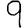
Digit: 9